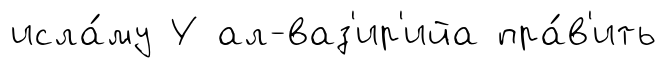
исла́му У ал-ваз'ир'ийа пра́в'ить